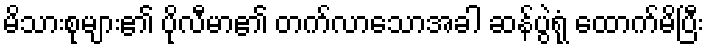
မိသားစုများ၏ ပိုလီမာ၏ တက်လာသောအခါ ဆန်ပွဲရုံ ထောက်မိပြီး